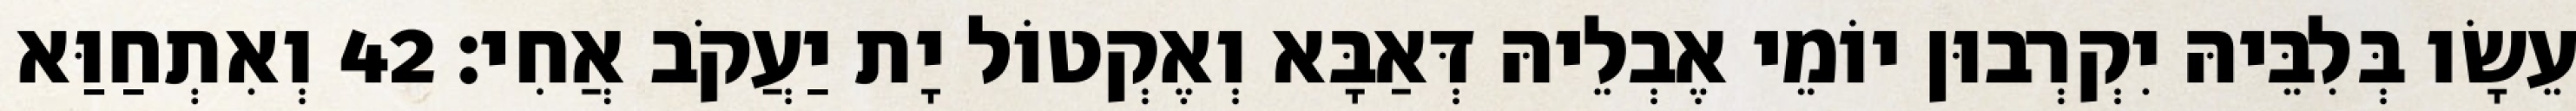
עֵשָׂו בְּלִבֵּיהּ יִקְרְבוּן יוֹמֵי אֶבְלֵיהּ דְּאַבָּא וְאֶקְטוֹל יָת יַעֲקֹב אֲחִי׃ 42 וְאִתְחַוַּא